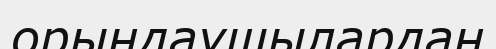
орындаушылардан